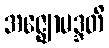
အဇ္ဈောမဒ္ဒတိ